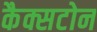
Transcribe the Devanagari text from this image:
कैक्सटोन